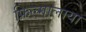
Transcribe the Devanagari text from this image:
फ़िल्मालाया